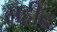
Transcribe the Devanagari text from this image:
सहीद